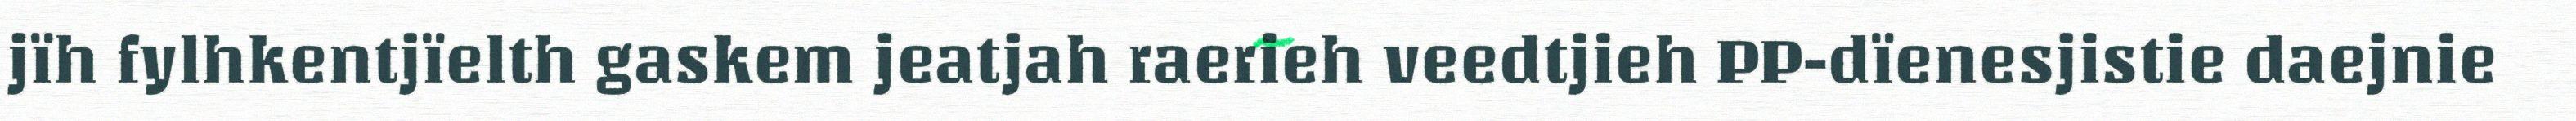
jïh fylhkentjïelth gaskem jeatjah raerieh veedtjieh PP-dïenesjistie daejnie